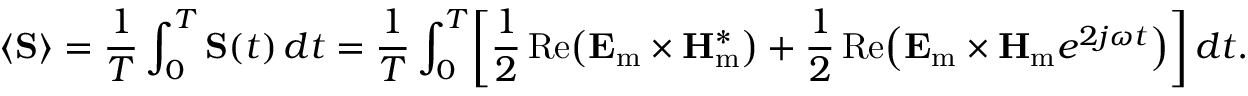
\langle \mathbf { S } \rangle = { \frac { 1 } { T } } \int _ { 0 } ^ { T } \mathbf { S } ( t ) \, d t = { \frac { 1 } { T } } \int _ { 0 } ^ { T } \! \left[ { \frac { 1 } { 2 } } \operatorname { R e } \! \left( \mathbf { E } _ { \mathrm { m } } \times \mathbf { H } _ { \mathrm { m } } ^ { * } \right) + { \frac { 1 } { 2 } } \operatorname { R e } \! \left( { \mathbf { E } _ { \mathrm { m } } } \times { \mathbf { H } _ { \mathrm { m } } } e ^ { 2 j \omega t } \right) \right] d t .